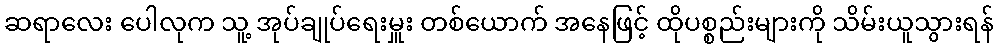
ဆရာလေး ပေါလုက သူ့ အုပ်ချုပ်ရေးမှူး တစ်ယောက် အနေဖြင့် ထိုပစ္စည်းများကို သိမ်းယူသွားရန်